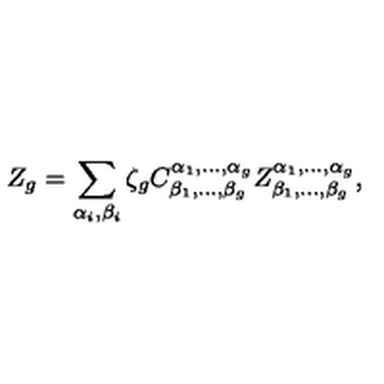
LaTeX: Z _ { g } = \sum _ { \alpha _ { i } , \beta _ { i } } \zeta _ { g } C _ { \beta _ { 1 } , \dots , \beta _ { g } } ^ { \alpha _ { 1 } , \dots , \alpha _ { g } } Z _ { \beta _ { 1 } , \dots , \beta _ { g } } ^ { \alpha _ { 1 } , \dots , \alpha _ { g } } ,